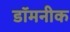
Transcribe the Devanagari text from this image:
डॉमनीक